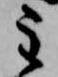
主